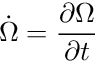
\dot { \Omega } = \frac { \partial \Omega } { \partial t }